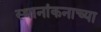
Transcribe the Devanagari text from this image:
स्थानांकनाच्या